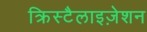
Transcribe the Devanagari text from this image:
क्रिस्टैलाइज़ेशन